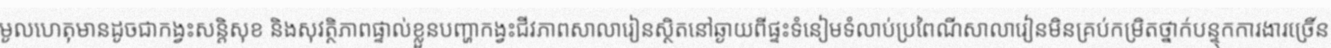
មូលហេតុមានដូចជាកង្វះសន្តិសុខ និងសុវត្ថិភាពផ្ទាល់ខ្លួនបញ្ហាកង្វះជីវភាពសាលារៀនស្ថិតនៅឆ្ងាយពីផ្ទះទំនៀមទំលាប់ប្រពៃណីសាលារៀនមិនគ្រប់កម្រិតថ្នាក់បន្ទុកការងារច្រើន